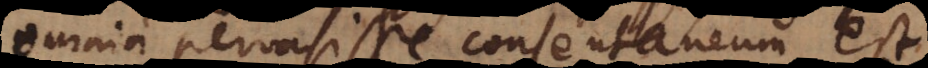
omnia pervasisse consentaneum est.